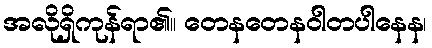
အလိုရှိကုန်ရာ၏။ တေနတေနဝါတပါနေန၊